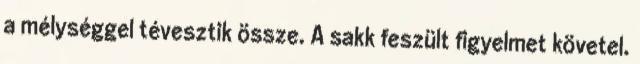
a mélységgel tévesztik össze. A sakk feszült figyelmet követel.